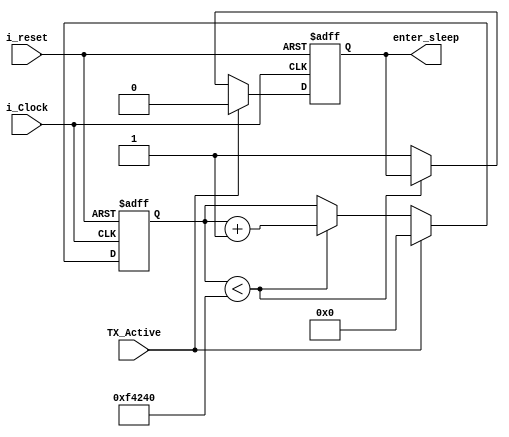
module power_manager(
    input i_Clock,
    input i_reset,
    input TX_Active,
    output reg enter_sleep
);
    reg [32:0] idle_counter;

    always @(posedge i_Clock or negedge i_reset) begin
        if (~i_reset) begin
            idle_counter <= 0;
            enter_sleep <= 0;
        end else begin
            if (TX_Active) begin
                idle_counter <= 0;
                enter_sleep <= 0;
            end else begin
                if (idle_counter < 32'd1000000) begin
                    idle_counter <= idle_counter + 1;
                end else begin
                    enter_sleep <= 1;
                end
            end
        end
    end
endmodule